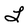
Character: L